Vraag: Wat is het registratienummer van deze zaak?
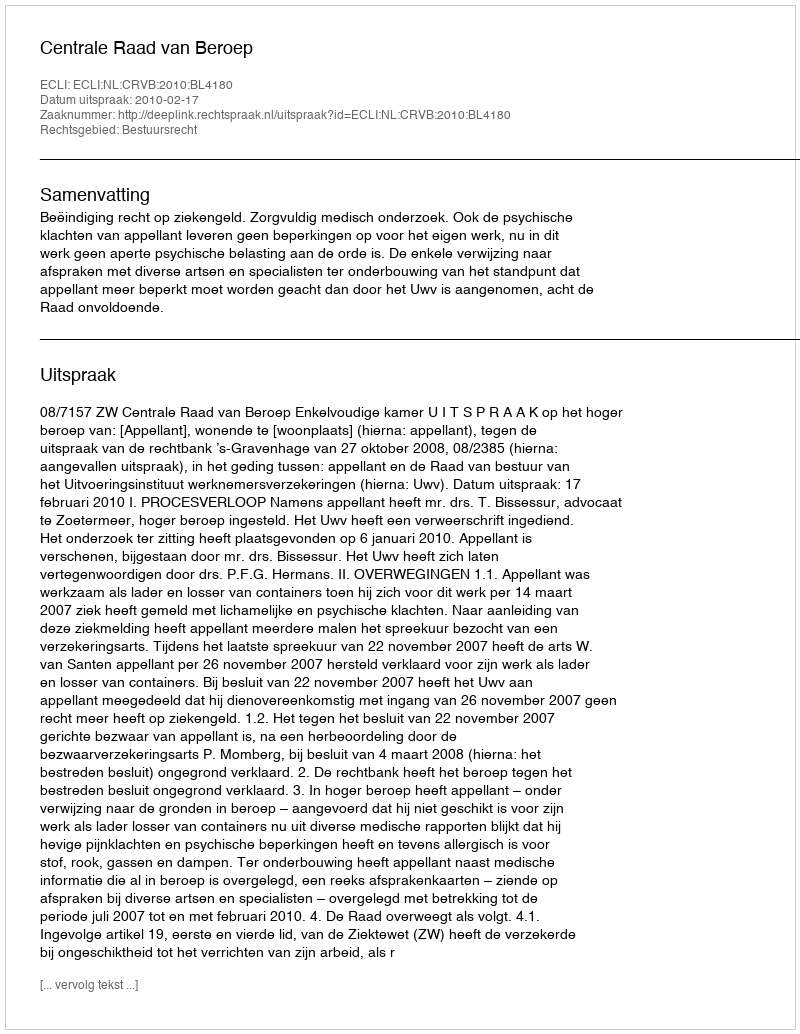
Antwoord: http://deeplink.rechtspraak.nl/uitspraak?id=ECLI:NL:CRVB:2010:BL4180